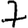
Digit: 7